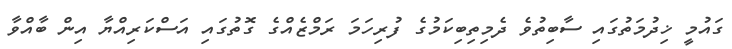
ގައުމީ ޚިދުމަތުގައި ސާބިތުވެ ދެމިތިބިކަމުގެ ފުރިހަމަ ރަމްޒެއްގެ ގޮތުގައި އަސްކަރިއްޔާ އިން ބާއްވާ